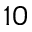
1 0